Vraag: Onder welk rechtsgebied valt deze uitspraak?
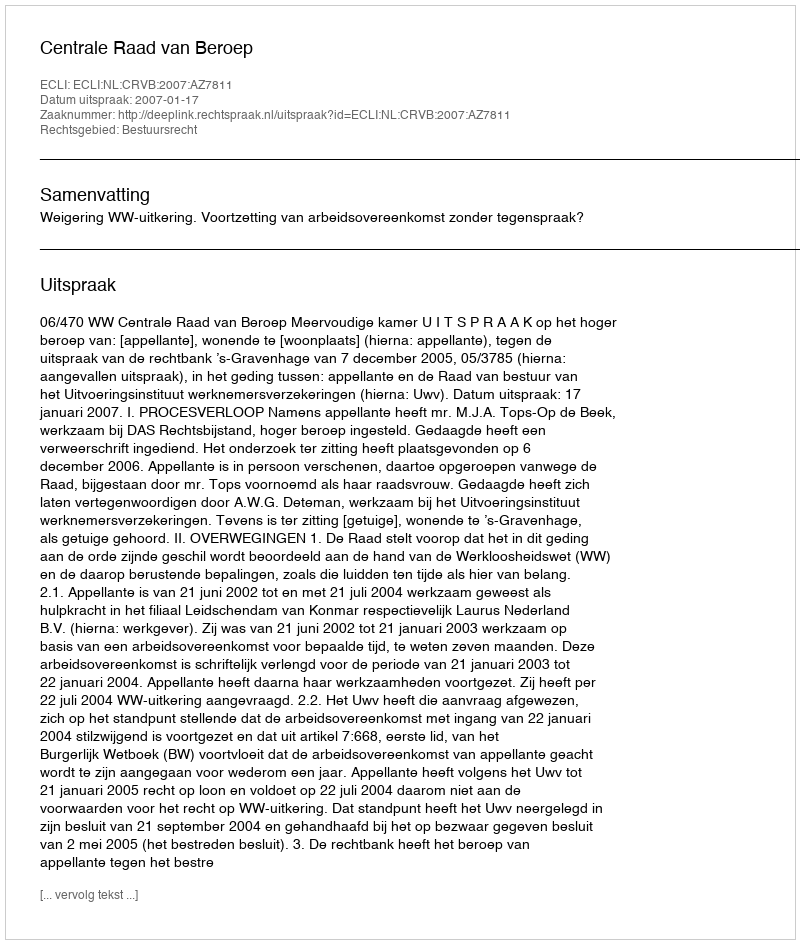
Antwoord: Bestuursrecht